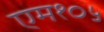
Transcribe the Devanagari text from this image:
एम१०५